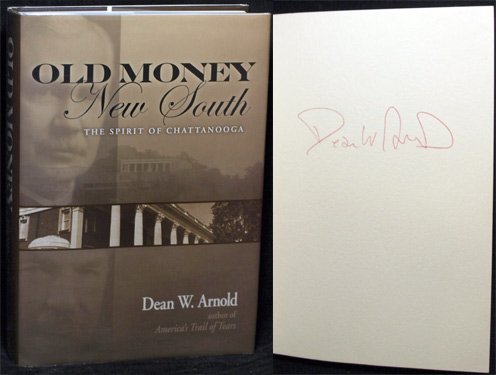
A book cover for Old Money, New South: The Spirit of Chattanooga; Dean W. Arnold; Travel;